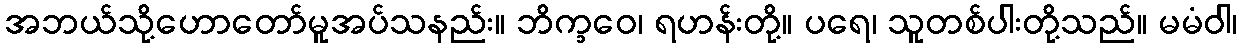
အဘယ်သို့ဟောတော်မူအပ်သနည်း။ ဘိက္ခဝေ၊ ရဟန်းတို့။ ပရေ၊ သူတစ်ပါးတို့သည်။ မမံဝါ၊